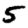
Digit: 5